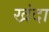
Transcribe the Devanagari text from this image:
खंदा